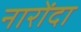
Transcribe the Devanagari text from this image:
नारोंदा